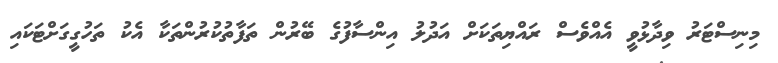
މިނިސްޓަރު ވިދާޅުވީ އެއްވެސް ރައްޔިތަކަށް އަދުލު އިންސާފުގެ ބޭރުން ތަފާތުކުރުންތަކާ އެކު ތަހުގީގަށްޓަކައި